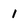
Character: 1